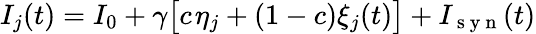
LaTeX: I_{j}(t)=I_{0}+\gamma\big[c\; \! \eta_{j}+(1-c)\xi_{j}(t)\big]+I_{\mathrm{~s~y~n~}}(t)